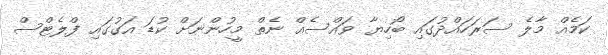
ކަމެއް މާލެ ސަރަަހައްދުގައި ބޯހިޔާ ވައްސެއް ނެތް މީހުންނަށް ކުޑަ އަގުގައި ފްލެޓްސް